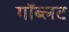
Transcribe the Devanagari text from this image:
गॉब्लट